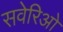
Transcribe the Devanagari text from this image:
सवेरिओ